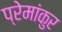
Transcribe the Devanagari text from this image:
प्रेमांकुर